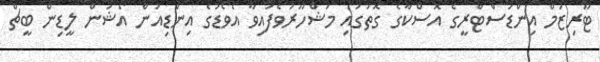
ޓޫރިޒަމް އިންޑަސްޓްރީގެ އޮސްކާގެ ގޮތުގައި މަޝްހޫރުވެފައިވާ އެވޯޑުގެ އިންޑިއަން އޯޝަން ލީޑިން ބީޗް